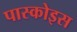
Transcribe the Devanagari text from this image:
पास्कोइस